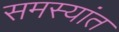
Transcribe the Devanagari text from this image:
समस्यांत